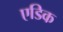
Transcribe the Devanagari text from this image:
एडिक